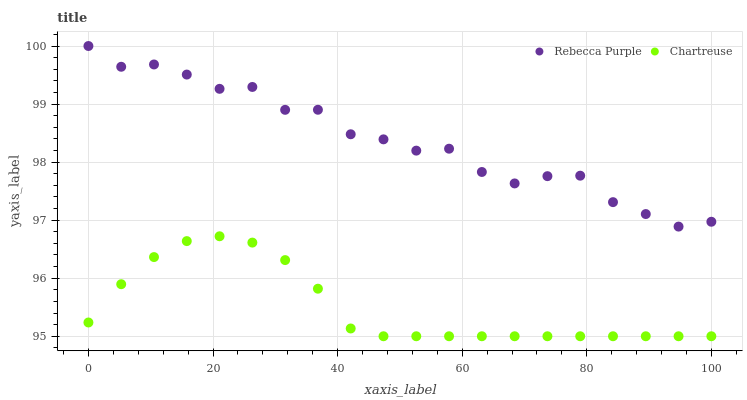
| xaxis_label | Rebecca Purple | Chartreuse |
 | --- | --- | --- |
 | 0 | 100 | 95.2 |
 | 5.26 | 99.6 | 95.9 |
 | 10.5 | 99.7 | 96.4 |
 | 15.8 | 99.5 | 96.6 |
 | 21.1 | 99.3 | 96.7 |
 | 26.3 | 99.3 | 96.6 |
 | 31.6 | 98.9 | 96.3 |
 | 36.8 | 98.9 | 95.8 |
 | 42.1 | 98.5 | 95.1 |
 | 47.4 | 98.4 | 95 |
 | 52.6 | 98.2 | 95 |
 | 57.9 | 98.2 | 95 |
 | 63.2 | 97.8 | 95 |
 | 68.4 | 97.6 | 95 |
 | 73.7 | 97.8 | 95 |
 | 78.9 | 97.8 | 95 |
 | 84.2 | 97.3 | 95 |
 | 89.5 | 97.1 | 95 |
 | 94.7 | 96.9 | 95 |
 | 100 | 97 | 95 |